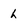
Character: h